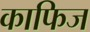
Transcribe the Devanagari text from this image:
काफिज